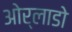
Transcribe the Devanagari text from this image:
ओर्लाडो